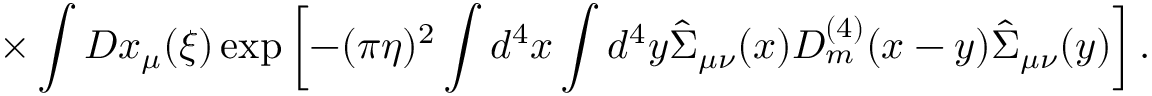
\times \int D x _ { \mu } ( \xi ) \exp \left[ - ( \pi \eta ) ^ { 2 } \int d ^ { 4 } x \int d ^ { 4 } y \hat { \Sigma } _ { \mu \nu } ( x ) D _ { m } ^ { ( 4 ) } ( x - y ) \hat { \Sigma } _ { \mu \nu } ( y ) \right] .